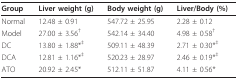
<table><thead><tr><td><b>Group</b></td><td><b>Liver weight (g)</b></td><td><b>Body weight (g)</b></td><td><b>Liver/Body (%)</b></td></tr></thead><tbody><tr><td>Normal</td><td>12.48 ± 0.91</td><td>547.72 ± 25.95</td><td>2.28 ± 0.12</td></tr><tr><td>Model</td><td>27.00 ± 3.56<sup>†</sup></td><td>542.14 ± 34.40</td><td>4.98 ± 0.58<sup>†</sup></td></tr><tr><td>DC</td><td>13.80 ± 1.88*<sup>‡</sup></td><td>509.11 ± 48.39</td><td>2.71 ± 0.30*<sup>‡</sup></td></tr><tr><td>DCA</td><td>12.81 ± 1.16*<sup>‡</sup></td><td>520.23 ± 28.97</td><td>2.46 ± 0.19*<sup>‡</sup></td></tr><tr><td>ATO</td><td>20.92 ± 2.45*</td><td>512.11 ± 51.87</td><td>4.11 ± 0.56*</td></tr></tbody></table>